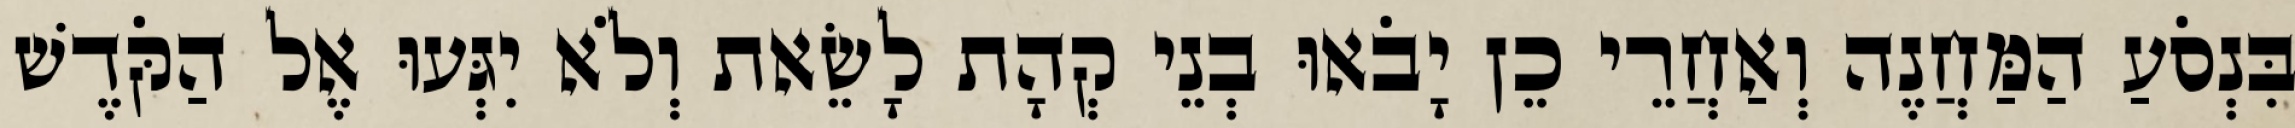
בִּנְסֹעַ הַמַּחֲנֶה וְאַחֲרֵי כֵן יָבֹאוּ בְנֵי קְהָת לָשֵׂאת וְלֹא יִגְּעוּ אֶל הַקֹּדֶשׁ